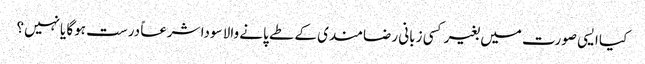
کیا ایسی صورت میں بغیر کسی زبانی رضامندی کے طے پانے والا سودا شرعاً درست ہوگا یانہیں؟